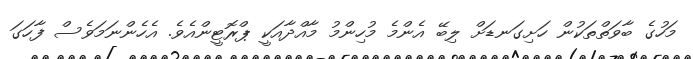
މަހުގެ ބާވަތްތަކުން ހަށިގަނޑަށް ލިބޭ އެންމެ މުހިންމު މާއްދާއަކީ ޕްރޮޓީންއެވެ. އެހެންނަމަވެސް ފާހަގަ